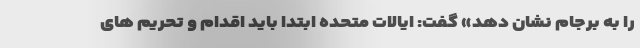
را به برجام نشان دهد» گفت: ایالات متحده ابتدا باید اقدام و تحریم های